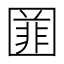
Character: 𡈚